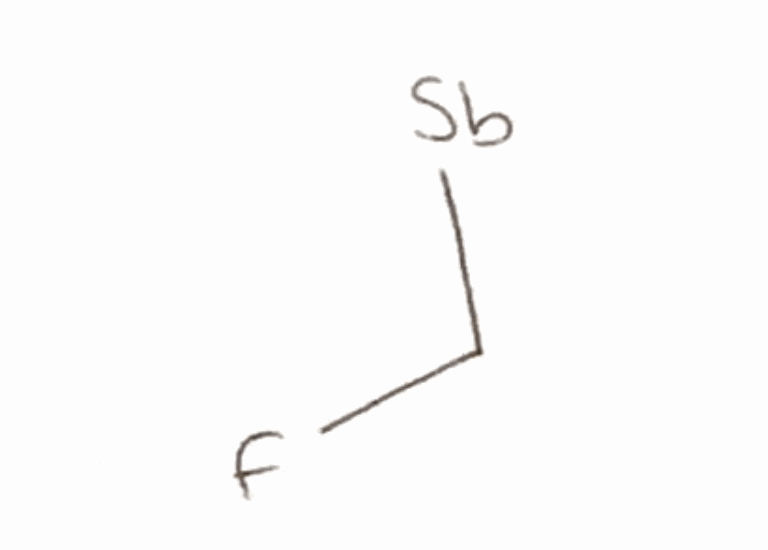
Simplified molecular-input line-entry system (SMILES) notation of the given molecule:
C(F)[Sb]